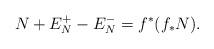
LaTeX: \begin{align*}N + E_N^+ -E_N^-= f^*(f_* N). \end{align*}